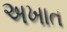
અખાત